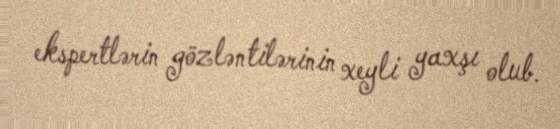
ekspertlərin gözləntilərinin xeyli yaxşı olub.